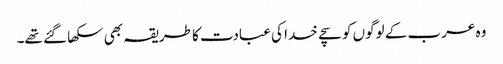
وہ عرب کے لوگوں کو سچے خدا کی عبادت کا طریقہ بھی سکھا گئے تھے۔